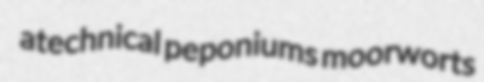
atechnical peponiums moorworts